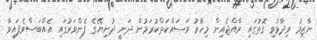
ނާޒިމު ވިދާޅުވި ގޮތުގައި ރާއްޖެއިން މިހާރު މަސައްކަތްކުރަމުން ދަނީ ދުނިޔޭގެ ފެންވަރުގައި އެއްބަސްވެފައިވާ